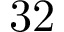
3 2